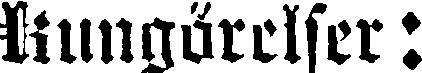
Kungörelser: